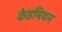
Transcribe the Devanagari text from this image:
केडमियम